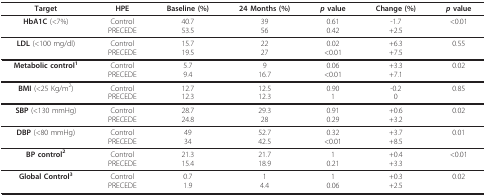
| Target | HPE | Baseline (%) | 24 Months (%) | p value | Change (%) | p value |
 | --- | --- | --- | --- | --- | --- | --- |
 | HbA1C (<7%) | ControlPRECEDE | 40.753.5 | 3956 | 0.610.42 | -1.7+2.5 | <0.01 |
 | LDL (<100 mg/dl) | ControlPRECEDE | 15.719.5 | 2227 | 0.02<0.01 | +6.3+7.5 | 0.55 |
 | Metabolic control1 | ControlPRECEDE | 5.79.4 | 916.7 | 0.06<0.01 | +3.3+7.1 | 0.02 |
 | BMI (<25 Kg/m2) | ControlPRECEDE | 12.712.3 | 12.512.3 | 0.901 | -0.20 | 0.85 |
 | SBP (<130 mmHg) | ControlPRECEDE | 28.724.8 | 29.328 | 0.910.29 | +0.6+3.2 | 0.02 |
 | DBP (<80 mmHg) | ControlPRECEDE | 4934 | 52.742.5 | 0.32<0.01 | +3.7+8.5 | 0.01 |
 | BP control2 | ControlPRECEDE | 21.315.4 | 21.718.9 | 10.21 | +0.4+3.3 | <0.01 |
 | Global Control3 | ControlPRECEDE | 0.71.9 | 14.4 | 10.06 | +0.3+2.5 | 0.02 |